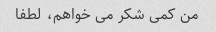
من کمی شکر می خواهم، لطفا